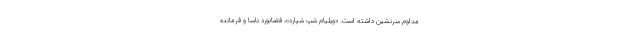
مداوم سرنشین داشته است. «ویلیام شپ شپارد»، فضانورد ناسا و فرمانده